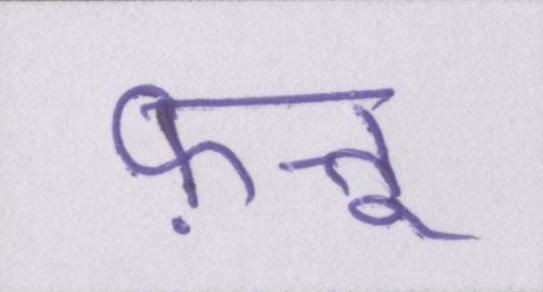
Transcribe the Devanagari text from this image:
फ़त्तू